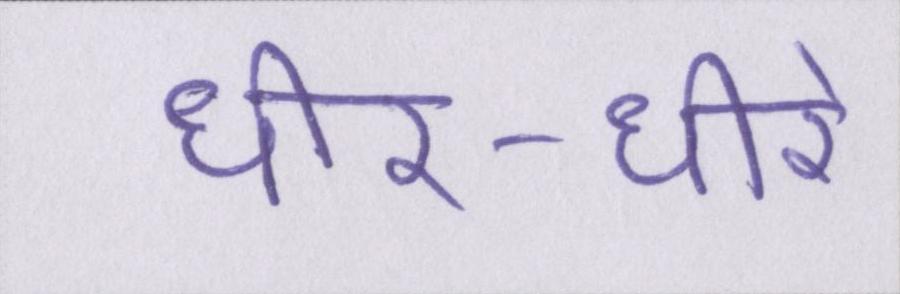
धीर-धीरे